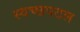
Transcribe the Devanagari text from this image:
स्वच्छपटल